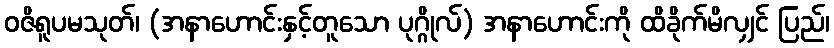
ဝဇိရူပမသုတ်၊ (အနာဟောင်းနှင့်တူသော ပုဂ္ဂိုလ်) အနာဟောင်းကို ထိခိုက်မိလျှင် ပြည်၊